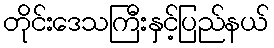
တိုင်းဒေသကြီးနှင့်ပြည်နယ်